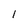
Character: 1